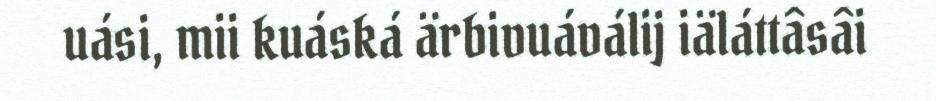
uási, mii kuáská ärbivuáválij iäláttâsâi